Vaccination Hyderabad 1890-1903 - 1890-1903
Year: 1890
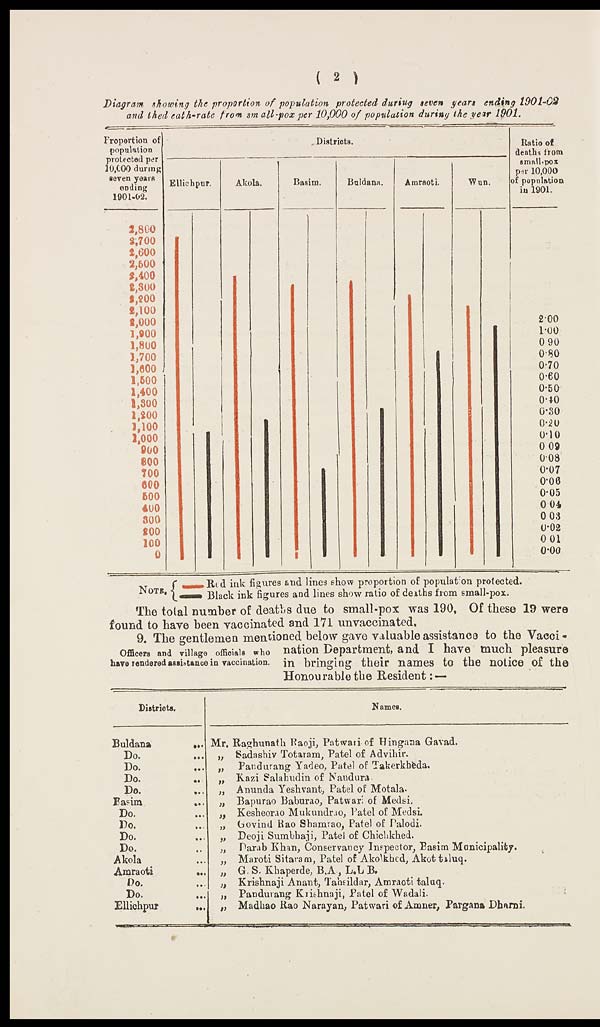
( 2 )
Diagram showing the proportion of population protected during seven yean ending
1901-02
and the death-rate
from small-pox per 10,000 of population during the year 1901.
The total number of deaths due to small-pox was 190, Of these 19 were
found to have been vaccinated and 171 unvaccinated.
Officers and village officials who
have rendered assistance in vaccination.
9. The gentlemen mentioned below gave valuable assistance to the Vacci -
nation Department, and I have much pleasure
in bringing their names to the notice of the
Honourable the Resident: —
Districts.
Buldana
...
Do. ...
Do. ...
Do. ...
Do. ...
Basim
...
Do. ...
Do. ...
Do. ...
Do....
Akola ...
Amraoti
...
Do....
Do....
Ellichpur ...
Names.
Mr. Raghunath Raoji, Patwari of Hingana Gavad.
„ Sadashiv Totaram, Patel of Advihir.
„ Pandurang Yadeo, Patel of Takerkheda.
„ Kazi Salahudin of Nandura.
„ Anunda Yeshvant, Patel of Motala.
„ Bapurao Baburao, Patwari of Medsi.
„ Kesheorao Mukundrao, Patel of Medsi.
„ Govind Rao Shamrao, Patel of Palodi.
„ Deoji Sumbhaji, Patel of Chichkhed.
„ Darab Khan, Conservancy Inspector, Basim Manicipality.
„ Maroti Sitaram, Patel of Akolkhed, Akot taluq.
„ G. S. Khaperde, B,A., L.L B.
„ Krishnaji Anant, Tahsildar, Amraoti taluq.
„ Pandurang Krishnaji, Patel of Wadali.
„ Madhao Rao Narayan, Patwari of Amner, Pargana Dharni.